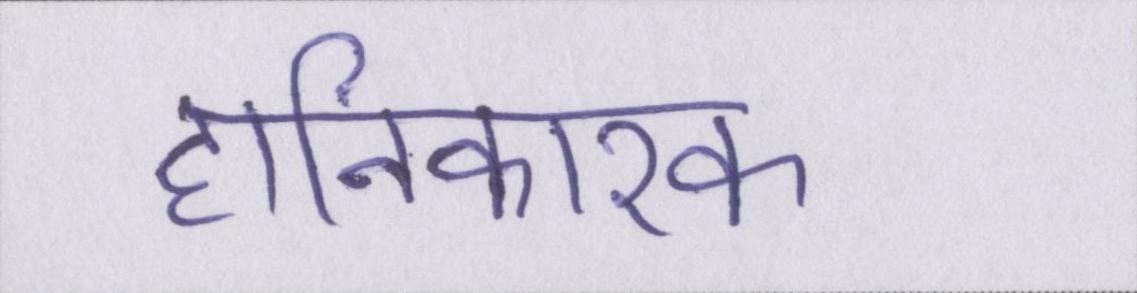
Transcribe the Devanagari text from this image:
हानिकारक